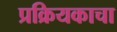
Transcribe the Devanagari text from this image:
प्रक्रियकाचा